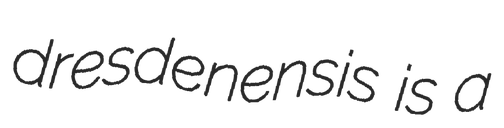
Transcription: dresdenensis is a